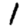
Digit: 1